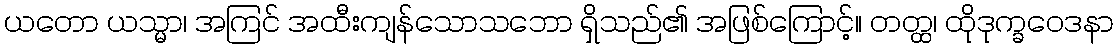
ယတော ယသ္မာ၊ အကြင် အထီးကျန်သောသဘော ရှိသည်၏ အဖြစ်ကြောင့်။ တတ္ထ၊ ထိုဒုက္ခဝေဒနာ